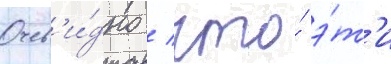
Очев'и́дно / что́ э́т'и